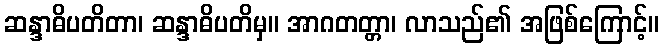
ဆန္ဒာဓိပတိတာ၊ ဆန္ဒာဓိပတိမှ။ အာဂတတ္တာ၊ လာသည်၏ အဖြစ်ကြောင့်။